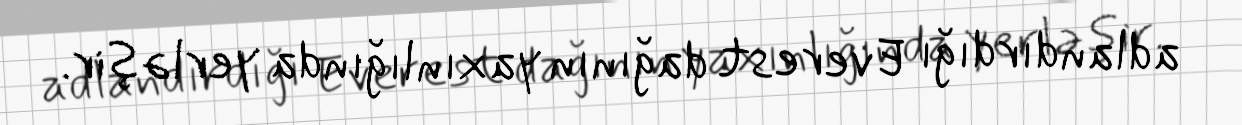
adlandırdığı Everest dağının yaxınlığında yerləşir.